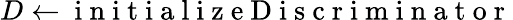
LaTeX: D\gets\mathrm{~i~n~i~t~i~a~l~i~z~e~D~i~s~c~r~i~m~i~n~a~t~o~r~}